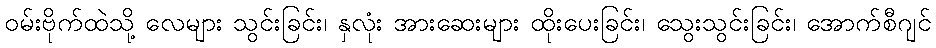
ဝမ်းဗိုက်ထဲသို့ လေများ သွင်းခြင်း၊ နှလုံး အားဆေးများ ထိုးပေးခြင်း၊ သွေးသွင်းခြင်း၊ အောက်စီဂျင်